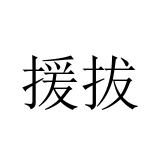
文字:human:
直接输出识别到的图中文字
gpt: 援拔